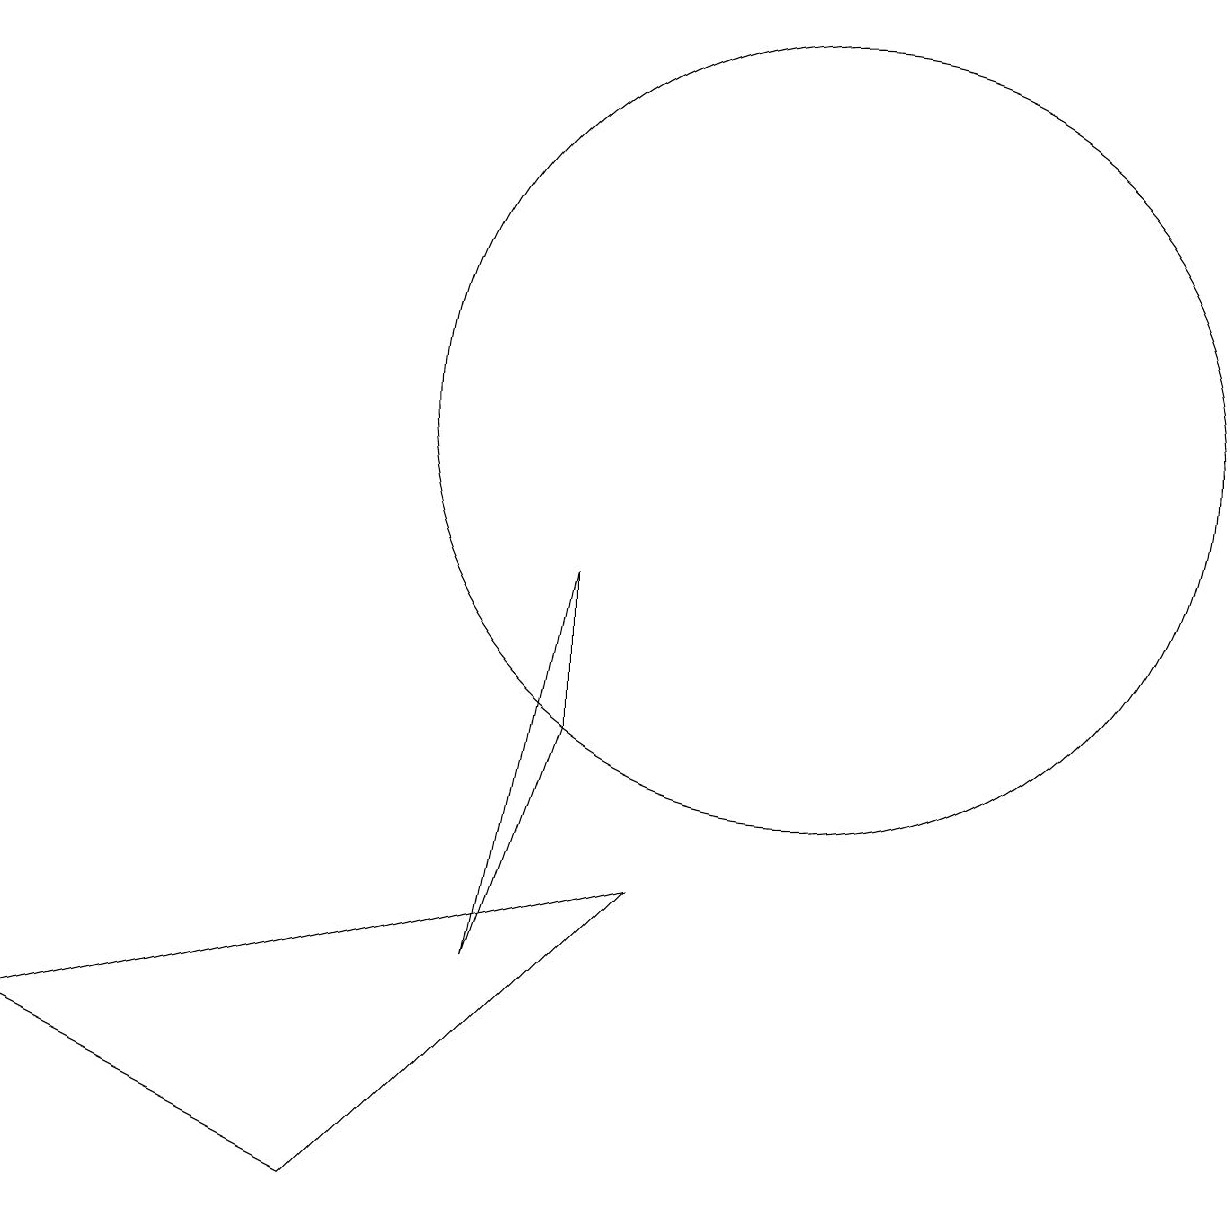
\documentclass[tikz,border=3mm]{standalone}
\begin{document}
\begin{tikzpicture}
\draw (8,6) -- (8,8) -- (7,3) -- cycle;
\draw (11,10) circle (5);
\draw (9,4) -- (5,0) -- (1,2) -- cycle;
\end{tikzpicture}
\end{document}